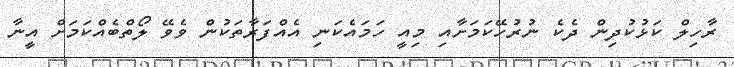
ރާހިލް ކަޅުކުދިން ދެކެ ނުރުހޭކަމަށާއި މިއީ ހަމައެކަނި އެއްފަރާތަކުން ވެވޭ ލޯތްބެއްކަމަށް އީނާ